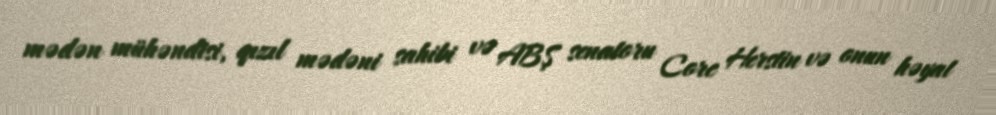
mədən mühəndisi, qızıl mədəni sahibi və ABŞ senatoru Corc Herstin və onun həyat